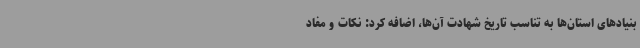
بنیادهای استان‌ها به تناسب تاریخ شهادت آن‌ها، اضافه کرد: نکات و مفاد